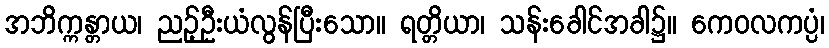
အဘိက္ကန္တာယ၊ ညဉ့်ဦးယံလွန်ပြီးသော။ ရတ္တိယာ၊ သန်းခေါင်အခါ၌။ ကေဝလကပ္ပံ၊